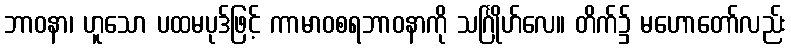
ဘာဝနာ၊ ဟူသော ပထမပုဒ်ဖြင့် ကာမာဝစရဘာဝနာကို သင်္ဂြိုဟ်လေ။ တိက်၌ မဟောတော်လည်း